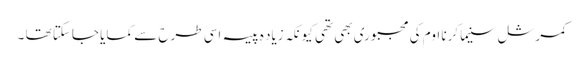
کمرشل سنیما کرنا اوم کی مجبوری بھی تھی کیونکہ زیاد ہ پیسہ اسی طرح سے کمایا جاسکتا تھا ۔